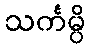
သင်္ကမ္ပိ